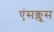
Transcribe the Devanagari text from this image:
एंसक्लूस